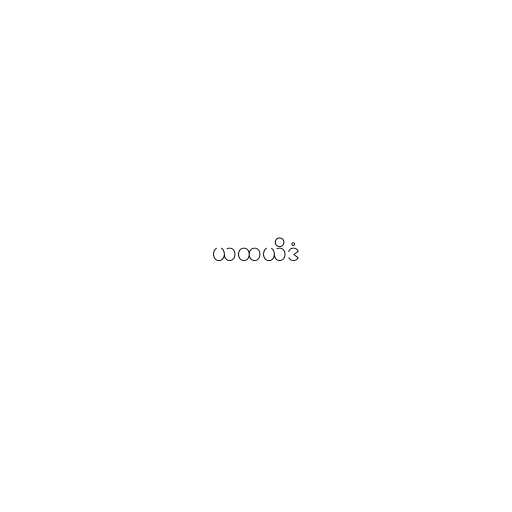
ယထယိဒံ